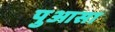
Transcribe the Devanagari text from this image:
पुआसा